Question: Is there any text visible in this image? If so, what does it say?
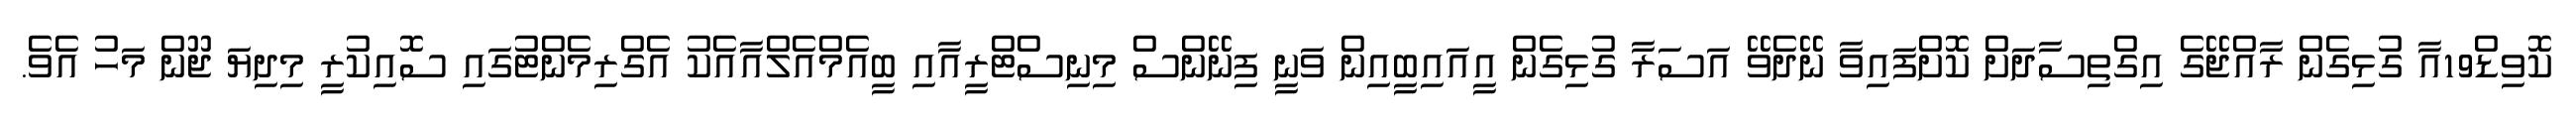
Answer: ކޮވިޑް19އާ ގުޅިގެން ރާއްޖޭގެ އިގްތިސާދަށް ކޮށްފައިވާ ނޭދެވޭ އަސަރާ ގުޅިގެން އީއައިބީއިން ވަނީ ފިނޭންސް މިނިސްޓްރީއާއި ބީއެމްއެލްއާއެކު އެގްރިމެންޓުގައި ސޮއިކުރީ މިދިޔަ ޖޫން މަހު އެވެ.